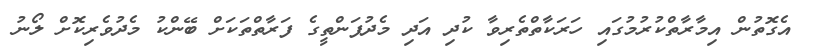
އެގޮތުން އިމާރާތްކުރުމުގައި ހަރަކާތްތެރިވާ ކުދި އަދި މެދުފަންތީގެ ފަރާތްތަކަށް ބޭންކު މެދުވެރިކޮށް ލޯނު